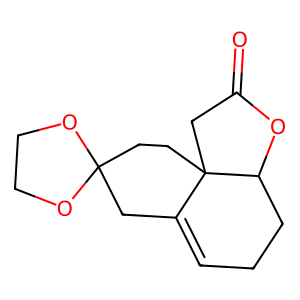
SMILES: O=C1CC23CCC4(CC2=CCCC3O1)OCCO4
Inhibits HIV replication: No